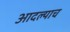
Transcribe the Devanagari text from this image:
आदल्याच